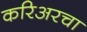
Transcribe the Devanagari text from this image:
करिअरचा